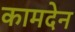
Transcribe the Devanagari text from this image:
कामदेन